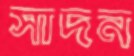
সাদন